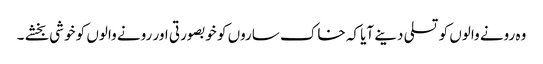
وہ رونے والوں کو تسلی دینے آیا کہ خاک ساروں کو خوبصورتی اور رونے والوں کو خوشی بخشے ۔